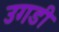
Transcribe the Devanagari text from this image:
उगडी